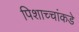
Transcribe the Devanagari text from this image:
पिशाच्चांकडे